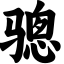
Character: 骢